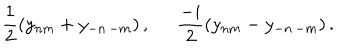
\frac { 1 } { 2 } \left( y _ { n m } + y _ { - n \, - m } \right) , \; \; \frac { - i } { 2 } \left( y _ { n m } - y _ { - n \, - m } \right) .